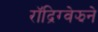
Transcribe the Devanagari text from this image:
रॉद्रिग्वेझने